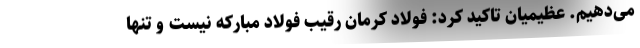
می‌دهیم. عظیمیان تاکید کرد: فولاد کرمان رقیب فولاد مبارکه نیست و تنها